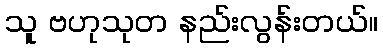
သူ ဗဟုသုတ နည်းလွန်းတယ်။